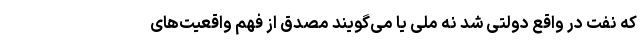
که نفت در واقع دولتی شد نه ملی یا می‌گویند مصدق از فهم واقعیت‌های